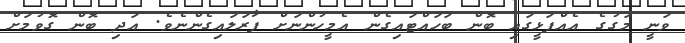
ވަނީ މަގުގެ އެއްފަޅީގައި ބޮން ބަހައްޓައިގެން އެމީހުންނަށް ފާރަލައިގެންނެވެ. އަދި ބޮން ގޮވުމަށް